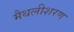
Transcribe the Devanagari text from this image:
मैथलीशरण